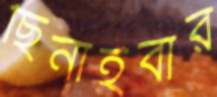
ছিনাইবার